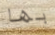
بها